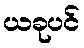
ယခုပင်